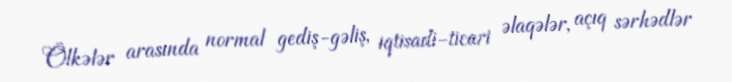
Ölkələr arasında normal gediş-gəliş, iqtisadi-ticari əlaqələr, açıq sərhədlər